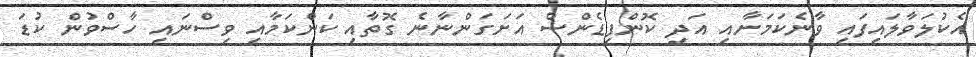
އެކުލަވާލައިފައި ވާނެކަމަށާއި އަދި ކޮންފިޑެންސް އަށަގަންނާނެ ގޮތާއި ކަންކަމާއި ވިސްނައި ހާސްވުން ކުޑަ